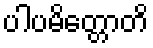
ပါပမိတ္တောတိ